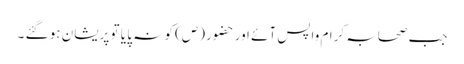
جب صحابہ کرام واپس آئے اور حضور (ص) کو نہ پا یا تو پریشان ہو گئے ۔